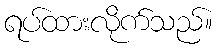
ရပ်ထားလိုက်သည်။